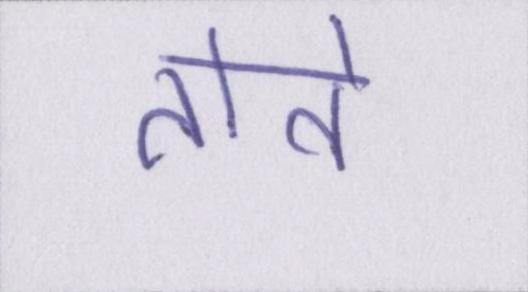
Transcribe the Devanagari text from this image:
तोते